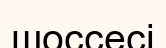
шоссесі